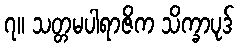
၇။ သတ္တမပါရာဇိက သိက္ခာပုဒ်